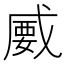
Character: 𢧦